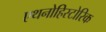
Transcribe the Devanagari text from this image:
एथनोहिस्टोरिक